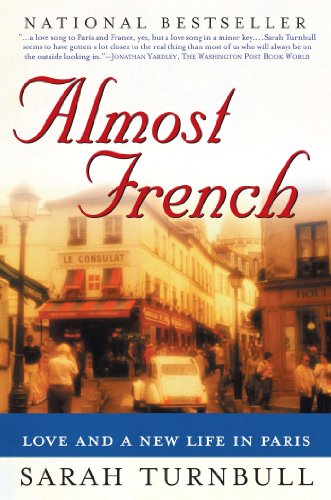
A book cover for Almost French: Love and a New Life in Paris; Sarah Turnbull; Biographies & Memoirs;